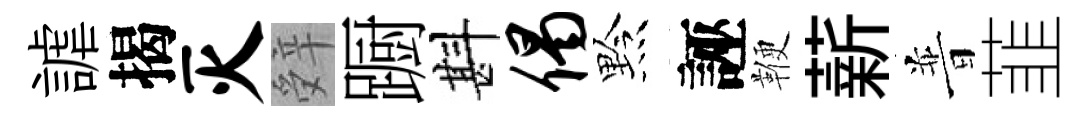
謔揭灭辤蹰斟偈黔誣鞭薪普韮